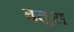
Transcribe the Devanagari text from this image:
बतूरा